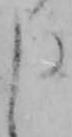
申